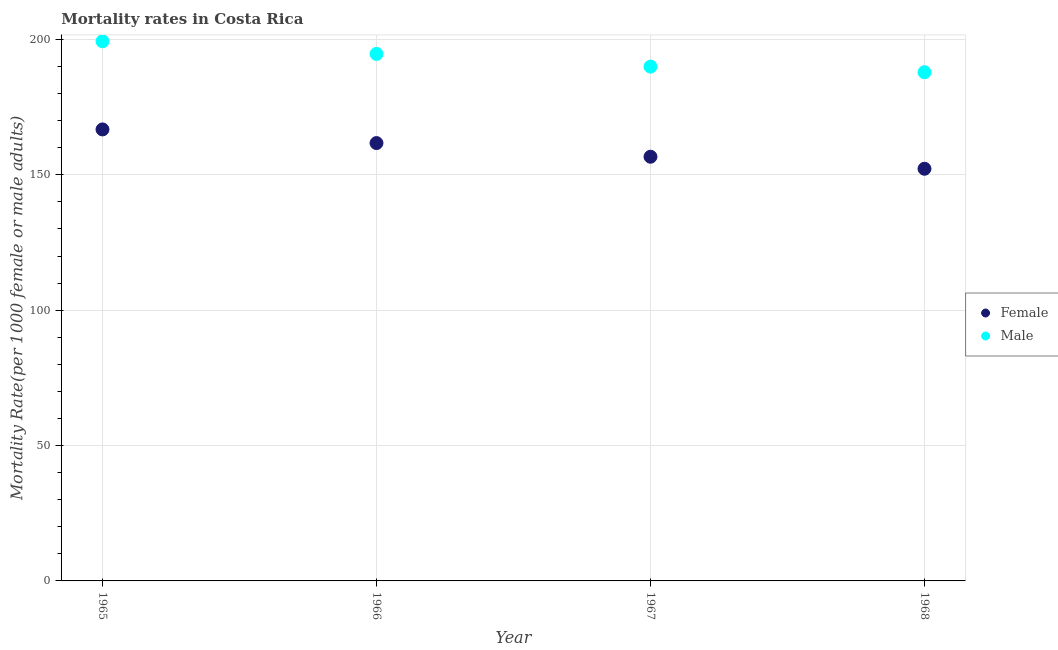
| Year | Female | Male |
 | --- | --- | --- |
 | 1965 | 167 | 199 |
 | 1966 | 162 | 195 |
 | 1967 | 157 | 190 |
 | 1968 | 152 | 188 |